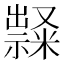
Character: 𱵰